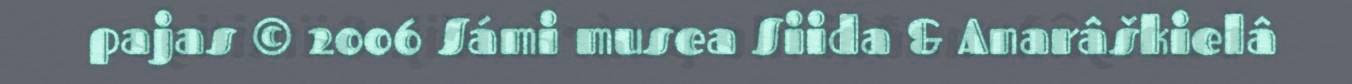
pajas © 2006 Sámi musea Siida & Anarâškielâ